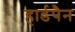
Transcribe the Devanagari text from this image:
हार्डपैन